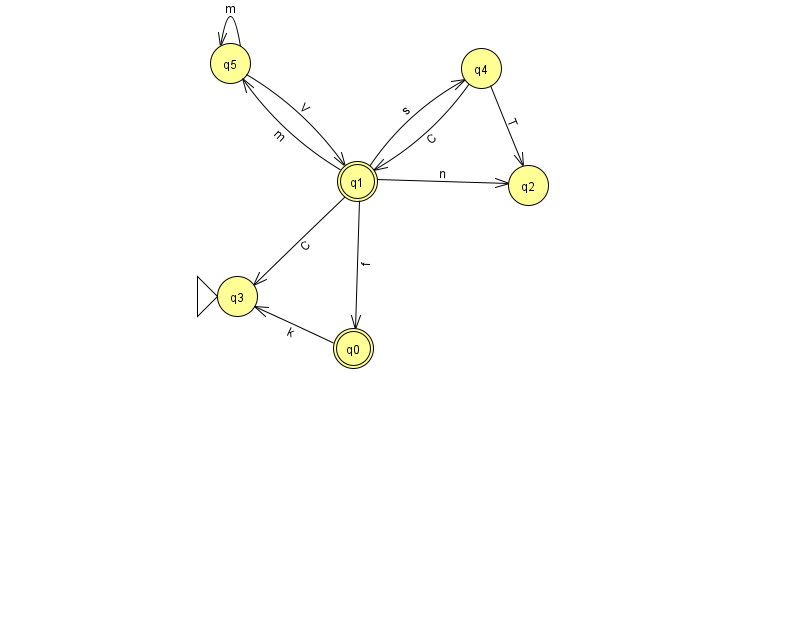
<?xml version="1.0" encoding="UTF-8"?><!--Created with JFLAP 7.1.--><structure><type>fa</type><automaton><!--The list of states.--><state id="0" name="q0"><x>353.0</x><y>335.0</y><final/></state><state id="1" name="q1"><x>357.0</x><y>168.0</y><final/></state><state id="2" name="q2"><x>528.0</x><y>172.0</y></state><state id="3" name="q3"><x>237.0</x><y>283.0</y><initial/></state><state id="4" name="q4"><x>481.0</x><y>55.0</y></state><state id="5" name="q5"><x>230.0</x><y>50.0</y></state><!--The list of transitions.--><transition><from>5</from><to>1</to><read>V</read></transition><transition><from>0</from><to>3</to><read>k</read></transition><transition><from>1</from><to>3</to><read>C</read></transition><transition><from>1</from><to>4</to><read>s</read></transition><transition><from>4</from><to>1</to><read>C</read></transition><transition><from>4</from><to>2</to><read>T</read></transition><transition><from>5</from><to>5</to><read>m</read></transition><transition><from>1</from><to>0</to><read>f</read></transition><transition><from>1</from><to>2</to><read>n</read></transition><transition><from>1</from><to>5</to><read>m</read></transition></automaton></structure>